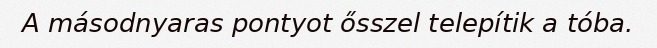
A másodnyaras pontyot ősszel telepítik a tóba.